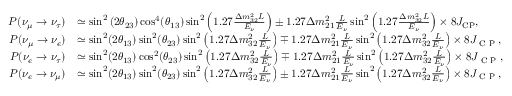
\begin{array} { r l } { P ( \nu _ { \mu } \to \nu _ { \tau } ) } & { \simeq \sin ^ { 2 } \left( 2 \theta _ { 2 3 } \right) \cos ^ { 4 } ( \theta _ { 1 3 } ) \sin ^ { 2 } \left( 1 . 2 7 \frac { \Delta m _ { 3 2 } ^ { 2 } L } { E _ { \nu } } \right) \pm 1 . 2 7 \Delta m _ { 2 1 } ^ { 2 } \frac { L } { E _ { \nu } } \sin ^ { 2 } \left( 1 . 2 7 \frac { \Delta m _ { 3 2 } ^ { 2 } L } { E _ { \nu } } \right) \times 8 J _ { \mathrm { C P } } , } \\ { P ( \nu _ { \mu } \rightarrow \nu _ { e } ) } & { \simeq \sin ^ { 2 } ( 2 \theta _ { 1 3 } ) \sin ^ { 2 } ( \theta _ { 2 3 } ) \sin ^ { 2 } \left( 1 . 2 7 \Delta m _ { 3 2 } ^ { 2 } \frac { L } { E _ { \nu } } \right) \mp 1 . 2 7 \Delta m _ { 2 1 } ^ { 2 } \frac { L } { E _ { \nu } } \sin ^ { 2 } \left( 1 . 2 7 \Delta m _ { 3 2 } ^ { 2 } \frac { L } { E _ { \nu } } \right) \times 8 J _ { \textrm { C P } } , } \\ { P ( \nu _ { e } \rightarrow \nu _ { \tau } ) } & { \simeq \sin ^ { 2 } ( 2 \theta _ { 1 3 } ) \cos ^ { 2 } ( \theta _ { 2 3 } ) \sin ^ { 2 } \left( 1 . 2 7 \Delta m _ { 3 2 } ^ { 2 } \frac { L } { E _ { \nu } } \right) \mp 1 . 2 7 \Delta m _ { 2 1 } ^ { 2 } \frac { L } { E _ { \nu } } \sin ^ { 2 } \left( 1 . 2 7 \Delta m _ { 3 2 } ^ { 2 } \frac { L } { E _ { \nu } } \right) \times 8 J _ { \textrm { C P } } , } \\ { P ( \nu _ { e } \rightarrow \nu _ { \mu } ) } & { \simeq \sin ^ { 2 } ( 2 \theta _ { 1 3 } ) \sin ^ { 2 } ( \theta _ { 2 3 } ) \sin ^ { 2 } \left( 1 . 2 7 \Delta m _ { 3 2 } ^ { 2 } \frac { L } { E _ { \nu } } \right) \pm 1 . 2 7 \Delta m _ { 2 1 } ^ { 2 } \frac { L } { E _ { \nu } } \sin ^ { 2 } \left( 1 . 2 7 \Delta m _ { 3 2 } ^ { 2 } \frac { L } { E _ { \nu } } \right) \times 8 J _ { \textrm { C P } } , } \end{array}